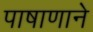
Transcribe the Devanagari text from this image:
पाषाणाने